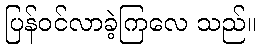
ပြန်ဝင်လာခဲ့ကြလေ သည်။